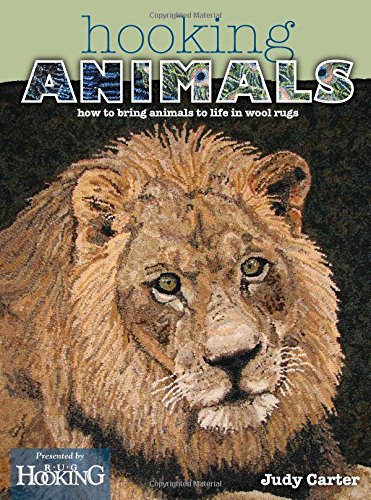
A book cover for Hooking Animals: How to Bring Animals to Life in Wool Rugs; Judy Carter; Crafts, Hobbies & Home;